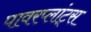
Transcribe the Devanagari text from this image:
पावरप्लांट्स